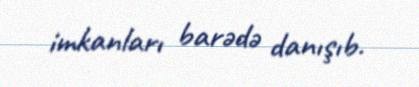
imkanları barədə danışıb.